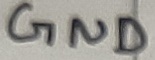
Text: GND